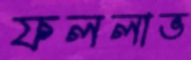
ফললাভ